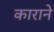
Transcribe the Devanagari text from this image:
काराने